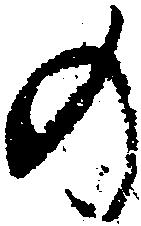
の